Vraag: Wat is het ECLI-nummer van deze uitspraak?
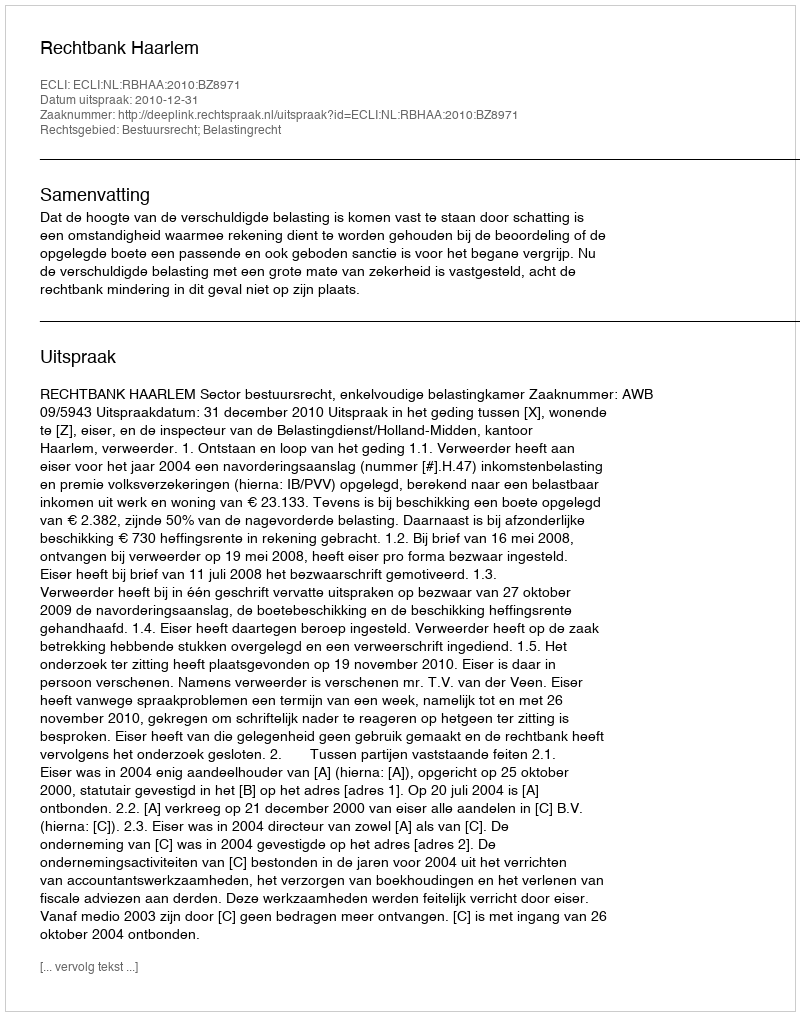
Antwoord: ECLI:NL:RBHAA:2010:BZ8971